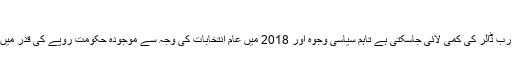
رپورٹ کے مطابق
اگرچہ روپے کی قدر میں 10سے 20فیصد کمی کرکے تجارتی خسارے میں 3سے6ارب ڈالر کی کمی لائی جاسکتی ہے تاہم سیاسی وجوہ اور 2018 میں عام انتخابات کی وجہ سے موجودہ حکومت روپے کی قدر میں کمی نہیں کرے گی جس کا نئے وزیر اعظم بھی دوٹوک انداز میں اعلان کرچکے ہیں۔